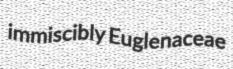
immiscibly Euglenaceae